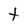
Character: t